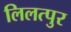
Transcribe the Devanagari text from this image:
लिलत्पुर